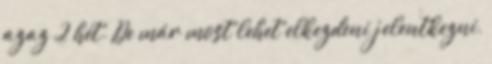
azaz 2 hét. De már most lehet elkezdeni jelentkezni,